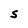
Character: S